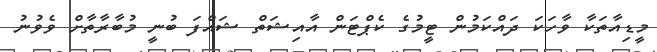
މީޑިއާތަކާ ވާހަކަ ދައްކަމުން ޓީމުގެ ކެޕްޓަން އާއިޝަތް ޝައްފަ ބުނީ މުބާރާތާށް ވެވުނު